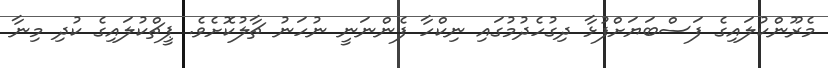
މެރޫންކުލައިގެ ފަސްބަޔަށްފުޅާ ދިގުހެދުމުގައި ނިކްހާ ފެންނަނީ ނުހަނު ޗާލުކޮށެވެ. ޕީޗްކުލައިގެ ކުދި މިނާ